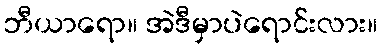
ဘီယာရော။ အဲဒီမှာပဲရောင်းလား။